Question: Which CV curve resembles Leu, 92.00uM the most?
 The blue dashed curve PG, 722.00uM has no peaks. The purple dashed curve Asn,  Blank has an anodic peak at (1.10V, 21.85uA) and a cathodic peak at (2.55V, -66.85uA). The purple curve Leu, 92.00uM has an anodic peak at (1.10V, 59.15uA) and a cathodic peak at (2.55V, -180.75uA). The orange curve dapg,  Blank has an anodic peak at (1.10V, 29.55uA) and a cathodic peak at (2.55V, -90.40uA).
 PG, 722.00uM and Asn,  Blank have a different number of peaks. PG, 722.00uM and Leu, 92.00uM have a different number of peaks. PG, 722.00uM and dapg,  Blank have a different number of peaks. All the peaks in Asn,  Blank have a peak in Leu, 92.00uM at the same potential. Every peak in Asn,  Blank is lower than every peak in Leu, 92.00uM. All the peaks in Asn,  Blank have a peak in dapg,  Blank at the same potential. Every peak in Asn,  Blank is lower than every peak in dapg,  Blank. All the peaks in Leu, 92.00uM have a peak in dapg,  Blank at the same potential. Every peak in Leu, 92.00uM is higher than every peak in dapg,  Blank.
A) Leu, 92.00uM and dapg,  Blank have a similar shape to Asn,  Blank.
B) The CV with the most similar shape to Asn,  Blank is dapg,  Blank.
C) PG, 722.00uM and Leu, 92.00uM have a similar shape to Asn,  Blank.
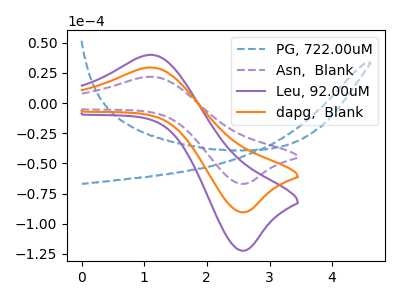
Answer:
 <answer>A) "Leu, 92.00uM" and "dapg,  Blank" have a similar shape to "Asn,  Blank".</answer>
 <eval>A</eval>